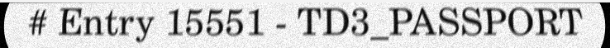
# Entry 15551 - TD3_PASSPORT